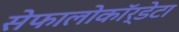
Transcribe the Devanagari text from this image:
सेफालोकॉर्डेटा